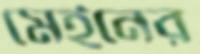
মেইনের